Lunatic asylums Central Provinces reports 1886-1894 - 1886-1894
Year: 1886
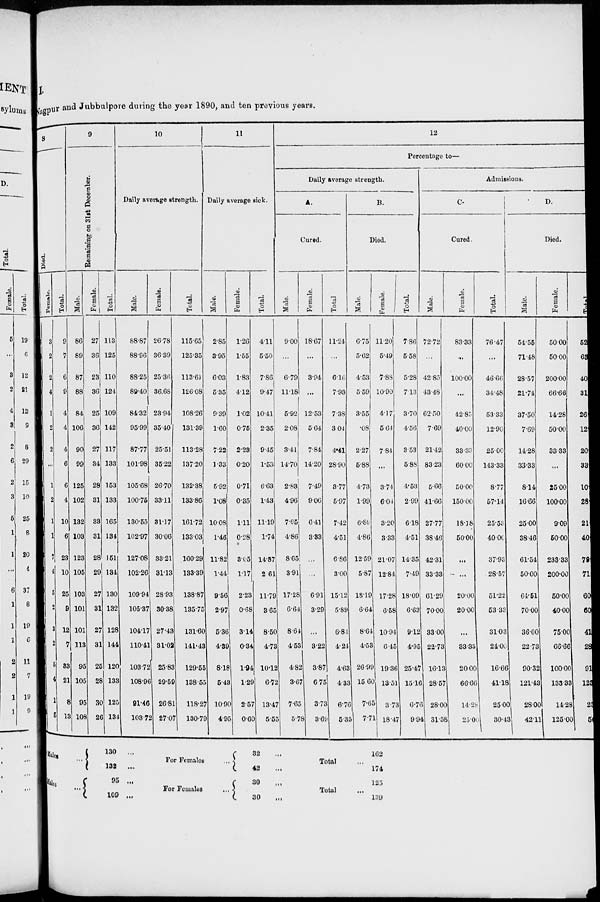
I.
Nagpur and Jubbulpore during the year 1890, and ten previous years.
8
Died.
Female.
3
2
2
4
1
2
2
...
1
2
1
1
7
4
5
2
3
2
5
4
1
5
Total.
9
7
6
9
4
4
4
6
6
4
10
6
23
10
25
9
12
7
33
21
8
13
9
Remaining on 31st December.
Male.
86
89
87
88
84
106
90
99
125
102
132
103
123
105
103
101
101
113
95
105
95
108
Female.
27
36
23
36
25
36
27
34
28
31
33
31
28
29
27
31
27
31
25
28
30
26
Total.
113
125
110
124
109
142
117
133
153
133
165
134
151
134
130
132
128
144
120
133
125
134
10
Daily average strength.
Male.
88.87
88.96
88.25
89.40
84.32
95.99
87.77
101.98
105.68
100.75
130.55
102.97
127.08
102.26
109.94
105.37
104.17
110.41
103.72
108.96
91.46
103.72
Female.
26.78
36.39
25.36
36.68
23.94
35.40
25.51
35.22
26.70
33.11
31.17
30.06
33.21
31.13
28.93
30.38
27.43
31.02
25.83
29.59
26.81
27.07
Total.
115.65
125.35
113.61
126.08
108.26
131.39
113.28
137.20
132.38
133.86
161.72
133.03
160.29
133.39
138.87
135.75
131.60
141.43
129.55
138.55
118.27
130.79
11
Daily average sick.
Male.
2.85
3.95
6.03
5.35
9.39
1.60
7.22
1.33
5.92
1.08
10.08
1.46
11.82
1.44
9.56
2.97
5.36
4.39
8.18
5.43
10.90
4.95
Female.
1.26
1.55
1.83
412
1.02
0.75
2.28
0.20
0.71
0.35
1.11
0.28
305
1.17
223
0.68
3.14
0.34
1.94
1.29
2.57
0.60
Total.
4.11
5.50
7.86
9.47
10.41
2.35
9.45
1.53
6.63
1.43
11.19
1.74
14.87
2.61
11.79
3.65
8.50
4.73
10.12
6.72
13.47
5.55
12
Percentage to—
Daily average strength.
A.
Cured.
Male.
9.00
...
6.79
11.18
5.92
2.08
3.41
14.70
2.83
4.96
7.65
4.86
8.65
3.91
17.28
6.64
8.64
4.53
4.82
3.67
7.65
5.78
Female.
18.67
...
3.94
...
12.53
5.64
7.84
14.20
7.49
9.06
6.41
3.33
...
...
6.91
3.29
...
3.22
3.87
6.75
3.73
3.69
Total
11.24
...
6.16
7.93
7.38
3.04
4.41
28.90
3.77
5.97
7.42
4.51
6.86
3.00
15.12
5.89
6.84
4.24
4.63
4.33
6.76
5.35
B.
Died.
Male.
6.75
5.62
4.53
5.59
3.55
.08
2.27
5.88
4.73
1.99
6.89
4.86
12.59
5.87
18.19
6.64
8.64
4.53
26.99
15.60
7.65
7.71
Female.
11.20
5.49
7.88
10.90
4.17
5.64
7.84
...
3.74
6.04
3.20
3.33
21.07
12.84
17.28
6.58
10.94
6.45
19.36
13.51
3.73
18.47
Total.
7.86
5.58
5.28
7.13
3.70
4.56
3.53
5.88
4.53
2.99
6.18
4.51
14.35
7.49
18.09
6.63
9.12
4.95
25.47
15.16
6.76
9.94
Admissions.
C.
Cured.
Male.
72.72
...
42.85
43.48
62.50
7.69
21.42
83.23
5.66
41.66
27.77
38.46
42.31
33.33
61.29
70.00
33.00
22.73
16.13
28.57
28.00
31.58
Female.
83.33
...
100.00
...
42.85
40.00
33.33
60.00
50.00
150.00
18.18
50.00
...
...
20.00
20.00
...
33.33
20.00
66.66
14.28
25.00
Total.
76.47
...
46.66
34.48
53.33
12.90
25.00
143.33
8.77
57.14
25.53
40.00
37.93
28.57
51.22
53.32
31.03
24.00
16.66
41.18
25.00
30.43
D.
Died.
Male.
54.55
71.48
28.57
21.74
37.50
7.69
14.28
33.33
8.14
16.66
25.00
38.46
61.54
50.00
64.51
70.00
36.00
22.73
90.32
121.43
28.00
42.11
Female.
50.00
50.00
200.00
66.66
14.28
50.00
33.33
...
25.00
100.00
9.09
50.00
233.33
200.00
50.00
40.00
75.00
66.66
100.00
133.33
14.28
125 .00
Total
52
69
40
31
26
12
20
33
10
28
21
40
79
71
60
60
41
28
91
123
25
50
Males ..
Males
130
...
132
...
95 ...
109 ...
For Females ...
For Females ...
32 ...
42 ...
30
...
30 ...
Total
Total
162
174
125
139